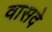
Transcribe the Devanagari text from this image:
वासदे